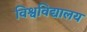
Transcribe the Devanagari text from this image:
विश्वविद्यालय